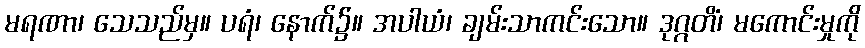
မရဏာ၊ သေသည်မှ။ ပရံ၊ နောက်၌။ အပါယံ၊ ချမ်းသာကင်းသော။ ဒုဂ္ဂတိံ၊ မကောင်းမှုကို